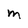
Character: M